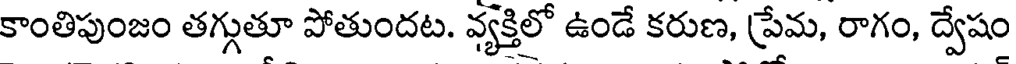
కాంతిపుంజం తగ్గుతూ పోతుందట. వ్యక్తిలో ఉండే కరుణ, ప్రేమ, రాగం, ద్వేషం